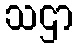
သဌာ